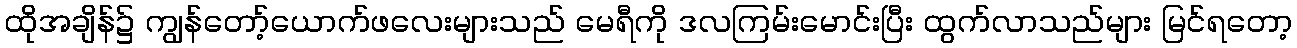
ထိုအချိန်၌ ကျွန်တော့်ယောက်ဖလေးများသည် မေရီကို ဒလကြမ်းမောင်းပြီး ထွက်လာသည်များ မြင်ရတော့